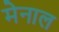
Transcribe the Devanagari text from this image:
मेनाल